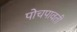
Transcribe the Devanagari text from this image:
पोचपावती